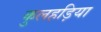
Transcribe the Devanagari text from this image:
कुलहड़िया